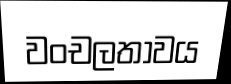
වංචලතාවය